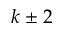
k \pm 2